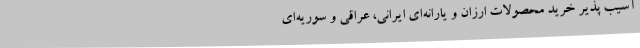
آسیب پذیر خرید محصولات ارزان و یارانه‌ای ایرانی، عراقی و سوریه‌ای